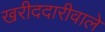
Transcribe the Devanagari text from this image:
खरीददारीवाले